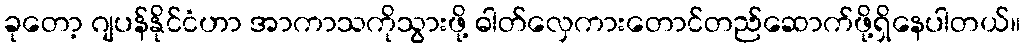
ခုတော့ ဂျပန်နိုင်ငံဟာ အာကာသကိုသွားဖို့ ဓါတ်လှေကားတောင်တည်ဆောက်ဖို့ရှိနေပါတယ်။